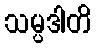
သမ္ပဒါတိ